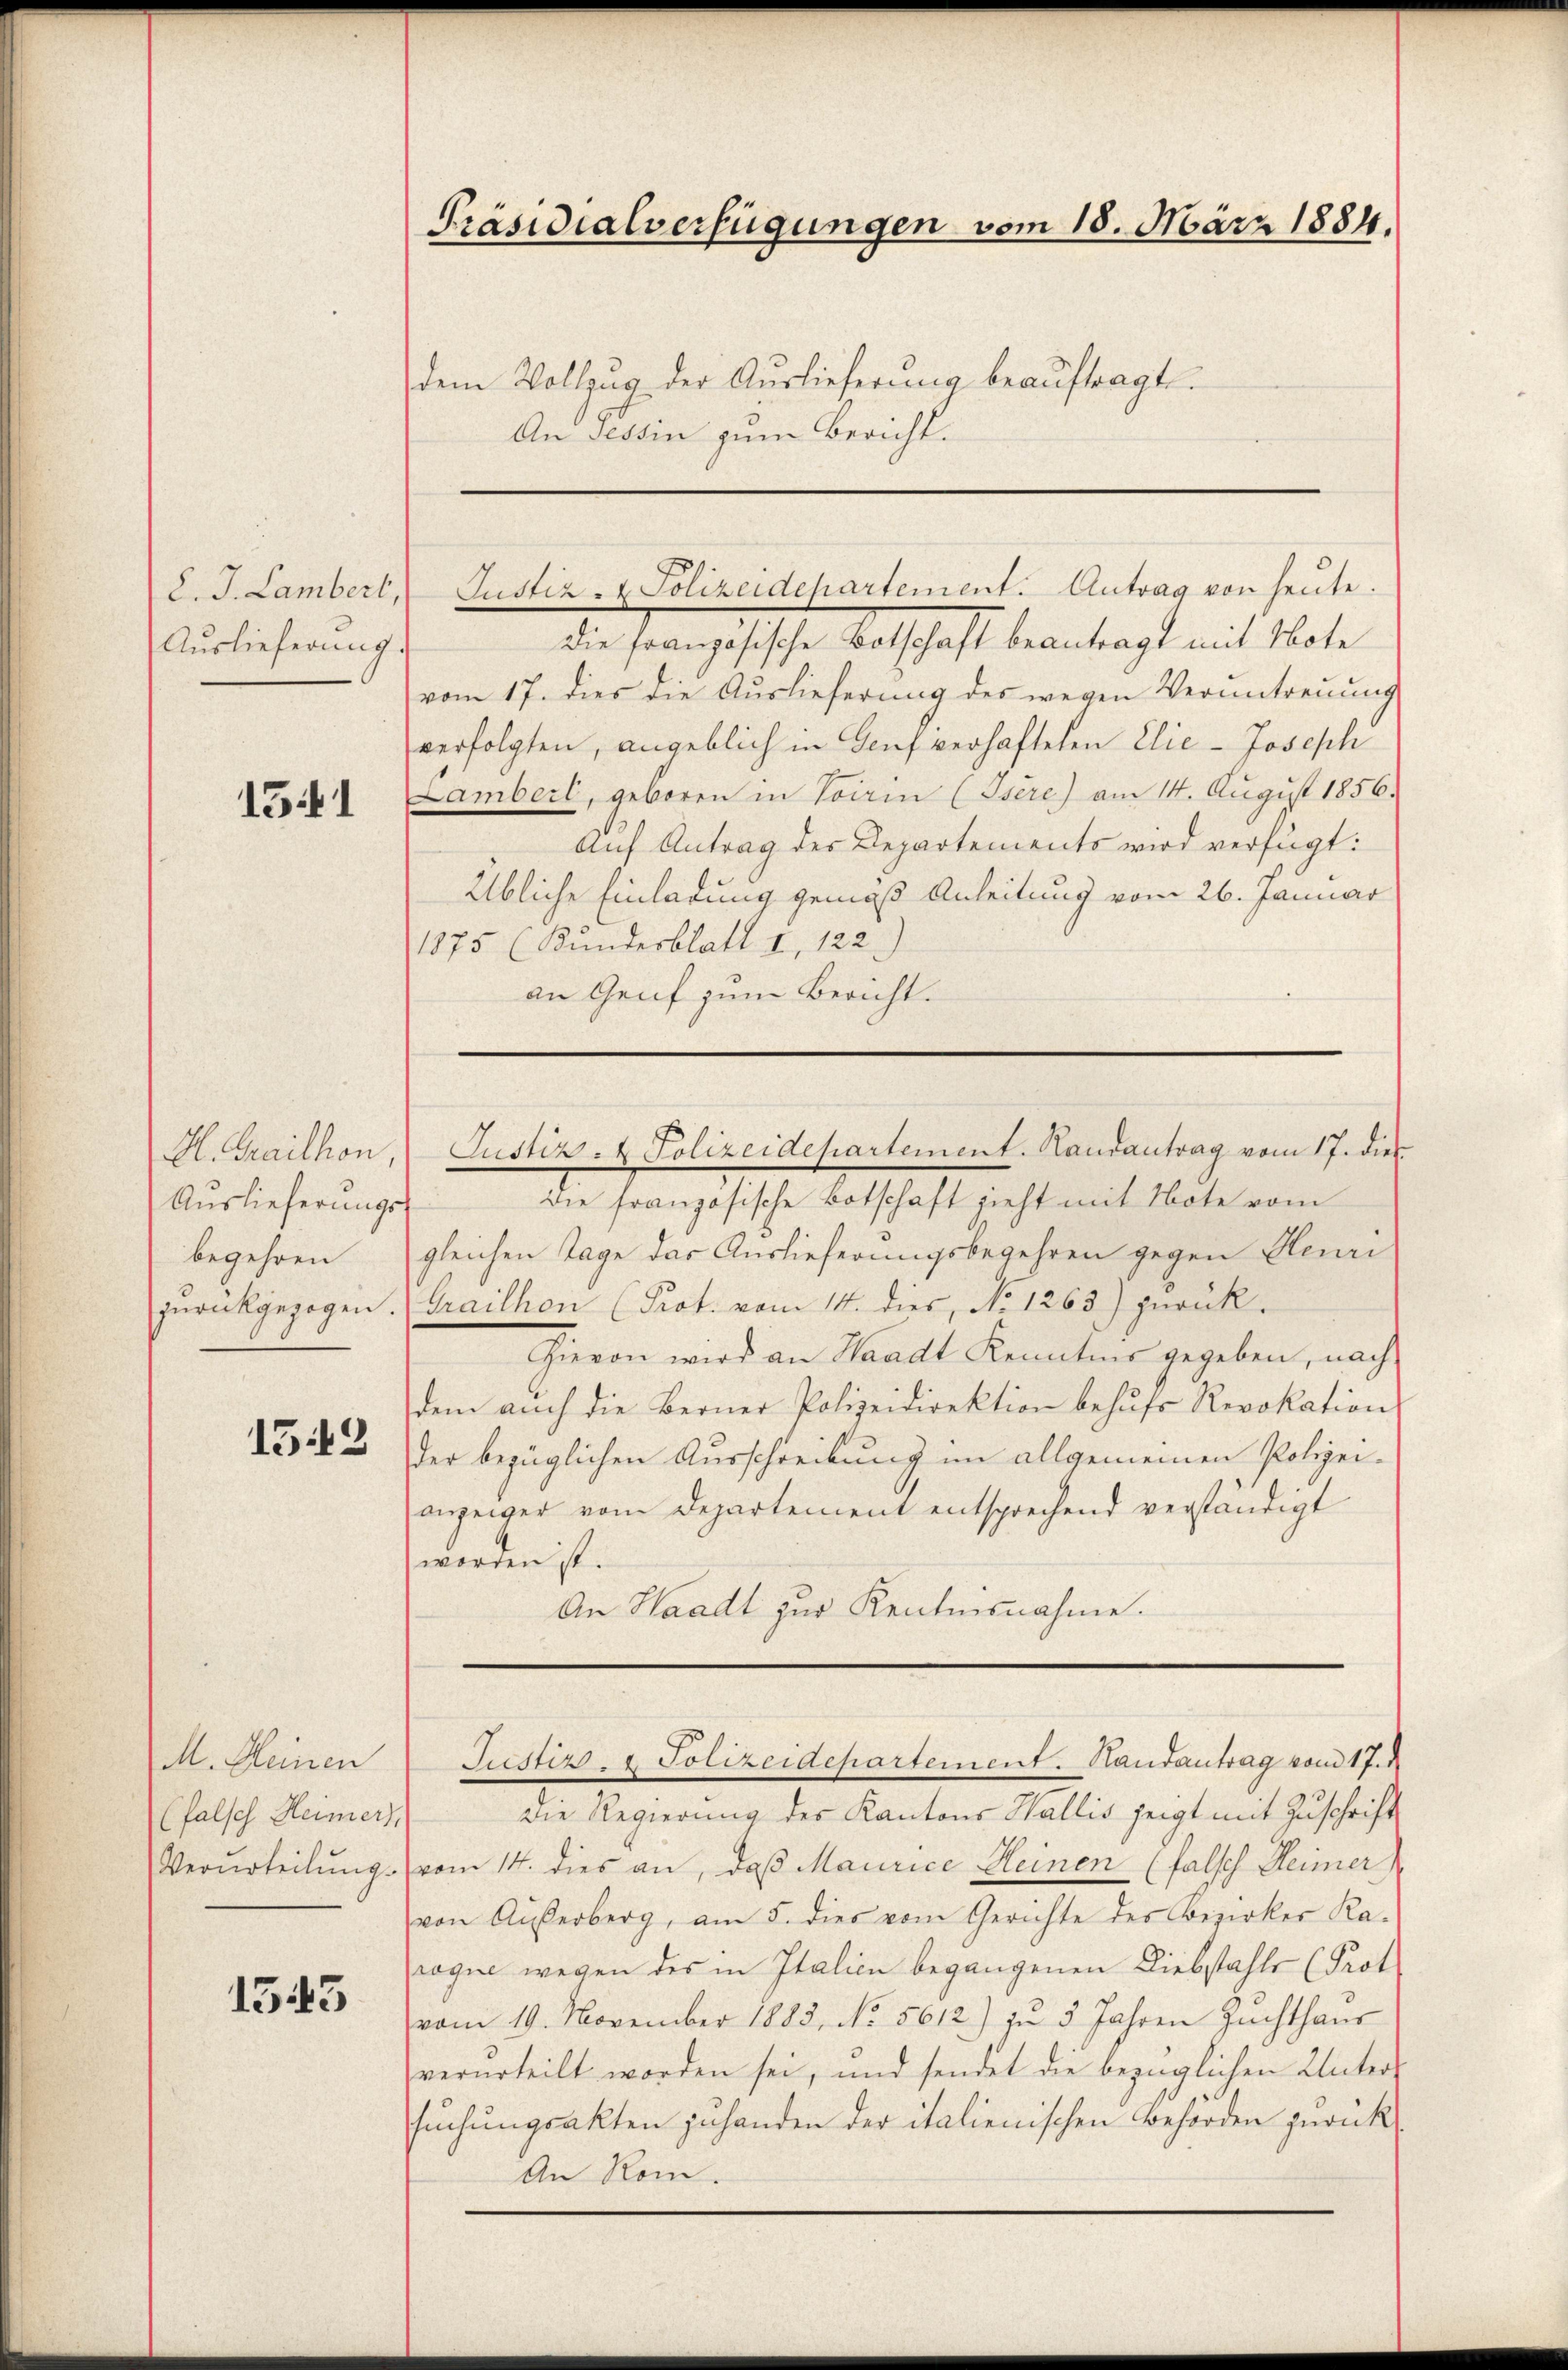
Auslieferung.

1541

Auslieferungs
begehren

1543

M. Kleinen
(falsch Heimers,
Verurteilŭng.

1543

Präsidialverfügungen vom 18. März 1884.

dem Vollzŭg der Aŭslieferŭng beaŭftragt.
An Tessin zum Bericht.

Die französische Botschaft beantragt mit Note
vom 17. dies die Auslieferung des wegen Verantreuung
verfolgten, angeblich in Genf verhafteten Elie- Joseph
Lambert, geboren in Vorin (Isére) am 14. Aŭgŭst 1856.
auf Antrag des Departements wird verfügt:
Übliche Einladung gemäß Anleitung vom 26. Januar
1875 (Kundesblatt II, 122.
an Genf zum Bericht.

C. J. Lambert, Justiz- & Polizeidepartement. Antrag von heute.

die französische Botschaft zieht mit Note vom
gleichen Tage das Auslieferungsbegehren gegen Henri
zurückgezogen. Graillon (Prot. vom 14. dies, No 1263) zurück¬
Hievon wird an Waadt Kenntnis gegeben, nach
dem aŭch die Berner Polizeidirektion behŭfs Revokation
der bezüglichen Ausschreibung im allgemeinen Polizei-
anzeiger vom Departement entsprechend verständigt
worden ist.
An Waadt zur Kenntnisnahme.

H. Grailhon, Justiz- & Polizeidepartement. Handantrag vom 17. dies

Justiz- & Polizeidepartement. Handantrag vom 17. M

Die Regierung des Kantons Wallis zeigt mit Zuschrift
vom 14. dies an, daß Maurice Heinen (falsch Heimer
von Außerberg, am 5. dies vom Gerichte des Bezirker Ka-
roque wegen des in Italien begangenen Diebstahle (Prot
vom 19. November 1883, No. 5612) zŭ 5 Jahren Zuchthaus
verurteilt worden sei, und sendet die bezüglichen Untersuchungsakten zuhanden der italienischen Behörden zurück
An Rom.